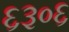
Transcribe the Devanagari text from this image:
६३०६